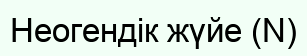
Неогендік жүйе (N)